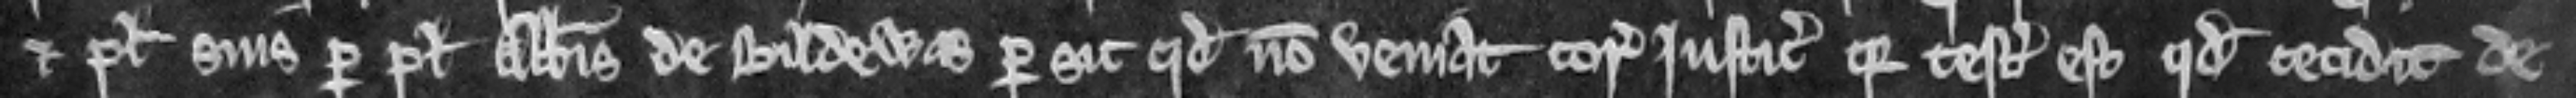
et plegiis suis per plegium Abbatis de Bildewas per sic quod non veniat coram justiciariis quia testatum est quod cecidit de